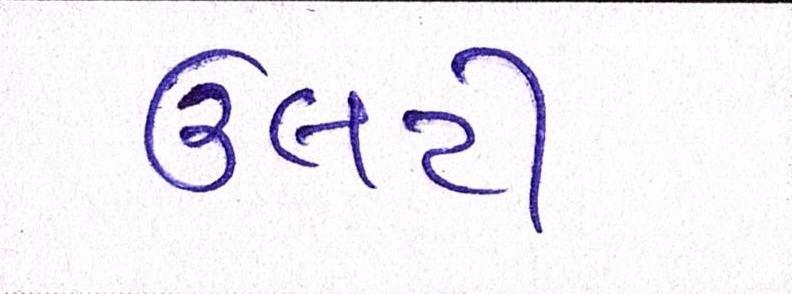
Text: ઉલટી